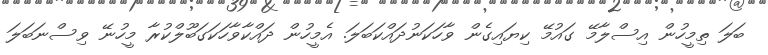
ބަލަ ތިމީހުން އިސްލާމޭ ގައުމޭ ކިޔައިގެން ވާހަކަނުދައްކަބަލަ. އެމީހުން ދައްކާވާހަކަގަބޫލްކުރާ މީހުނޭ ވިސްނަބަލަ